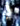
يا